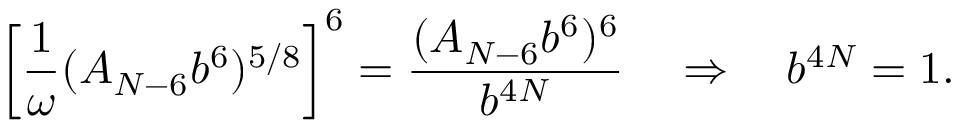
\left[ \frac { 1 } { \omega } ( A _ { N - 6 } b ^ { 6 } ) ^ { 5 / 8 } \right] ^ { 6 } = \frac { ( A _ { N - 6 } b ^ { 6 } ) ^ { 6 } } { b ^ { 4 N } } \quad \Rightarrow \quad b ^ { 4 N } = 1 .